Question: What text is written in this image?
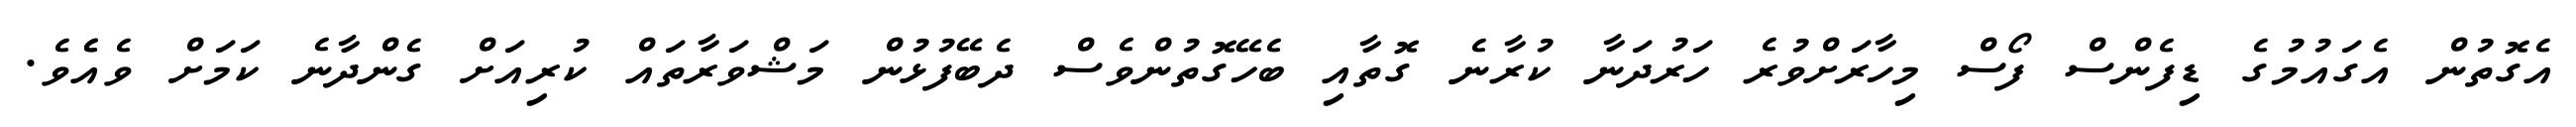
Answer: އެގޮތުން އެގައުމުގެ ޑިފެންސް ފޯސް މިހާރަށްވުރެ ހަރުދަނާ ކުރާނެ ގޮތާއި ބެހޭގޮތުންވެސް ދެބޭފުޅުން މަޝްވަރާތައް ކުރިއަށް ގެންދާނެ ކަމަށް ވެއެެވެ.